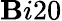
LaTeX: \mathbf{B}i20